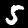
Label: 5